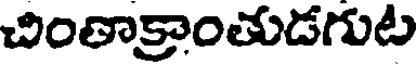
చింతాక్రాంతుడగుట